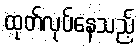
ထုတ်လုပ်နေသည့်